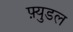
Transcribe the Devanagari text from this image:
फ़्युडल